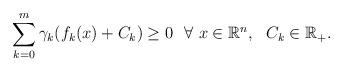
LaTeX: \begin{align*} \sum_{k=0}^{m} \gamma_{k}(f_{k}(x)+C_{k})\ge 0\ \ \forall\ x\in\mathbb{R}^{n}, \ \ C_k\in\mathbb{R}_+.\end{align*}